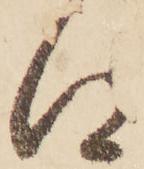
得